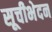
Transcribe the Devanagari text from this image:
सूचीभेदन